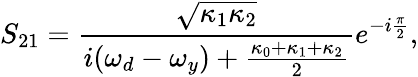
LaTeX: S_{21}=\frac{\sqrt{\kappa_{1}\kappa_{2}}}{i(\omega_{d}-\omega_{y})+\frac{\kappa_{0}+\kappa_{1}+\kappa_{2}}{2}}e^{-i\frac{\pi}{2}},